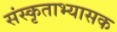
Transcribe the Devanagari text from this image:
संस्कृताभ्यासक